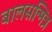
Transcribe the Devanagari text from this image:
बालसन्मित्र